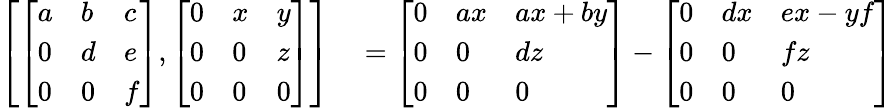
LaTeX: \begin{array}{rl}{\left[{\left[\begin{array}{lll}{a}&{b}&{c}\\ {0}&{d}&{e}\\ {0}&{0}&{f}\end{array}\right]},{\left[\begin{array}{lll}{0}&{x}&{y}\\ {0}&{0}&{z}\\ {0}&{0}&{0}\end{array}\right]}\right]}&{{}={\left[\begin{array}{lll}{0}&{ax}&{ax+by}\\ {0}&{0}&{dz}\\ {0}&{0}&{0}\end{array}\right]}-{\left[\begin{array}{lll}{0}&{dx}&{ex-yf}\\ {0}&{0}&{fz}\\ {0}&{0}&{0}\end{array}\right]}}\end{array}